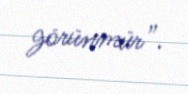
görünmür”.